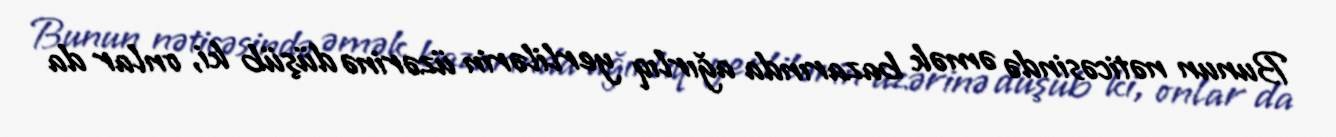
Bunun nəticəsində əmək bazarında ağırlıq yerlilərin üzərinə düşüb ki, onlar da